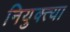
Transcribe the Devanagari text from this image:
नियुक्त्या